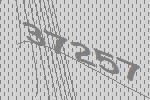
37257